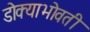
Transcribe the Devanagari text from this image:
डोक्याभोवती